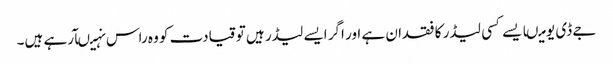
جے ڈی یو میںایسے کسی لیڈر کا فقدان ہے اور اگر ایسے لیڈر ہیں تو قیادت کو وہ راس نہیںآرہے ہیں۔